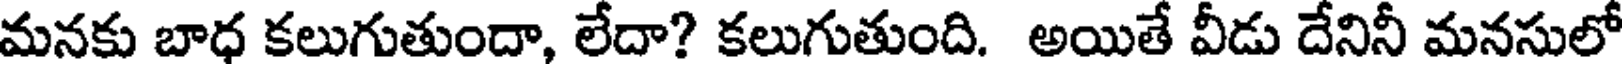
మనకు బాధ కలుగుతుందా, లేదా? కలుగుతుంది. అయితే వీడు దేనినీ మనసులో